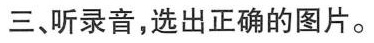
三、听录音，选出正确的图片。